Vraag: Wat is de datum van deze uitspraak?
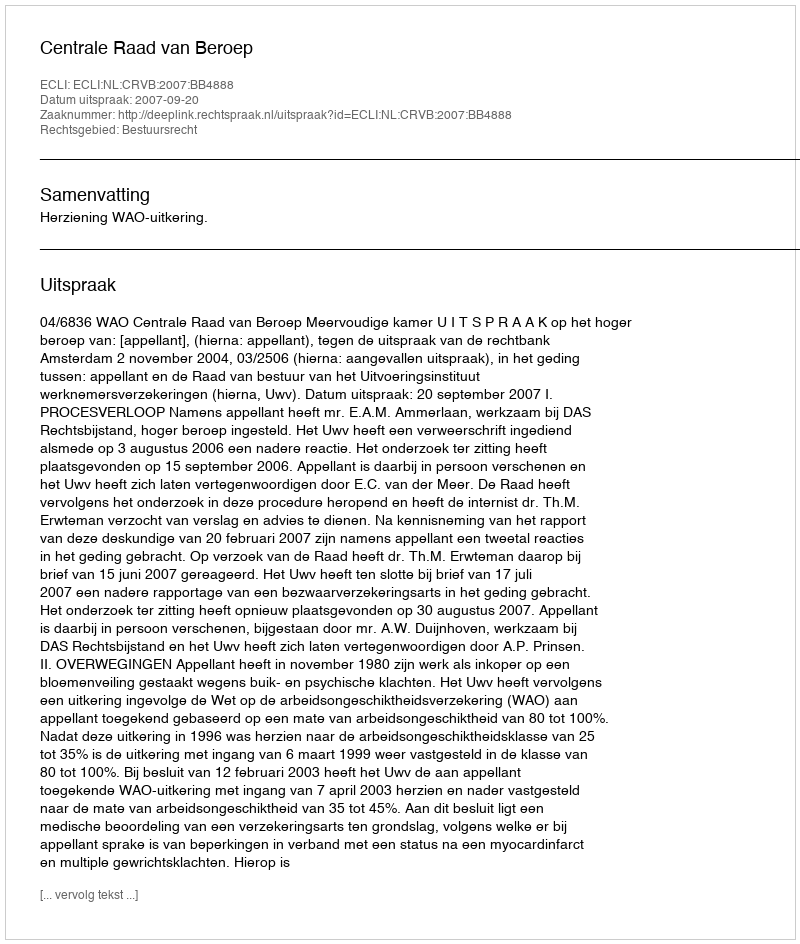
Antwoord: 2007-09-20